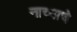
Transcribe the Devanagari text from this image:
नाच्याचे